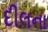
દીલના